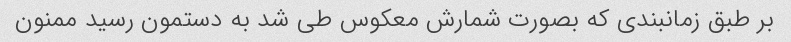
بر طبق زمانبندی که بصورت شمارش معکوس طی شد به دستمون رسید ممنون